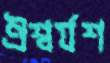
ঐশ্বর্যশ